Civil Veterinary Dept. Assam report 1927-50 - 1927-1950
Year: 1927
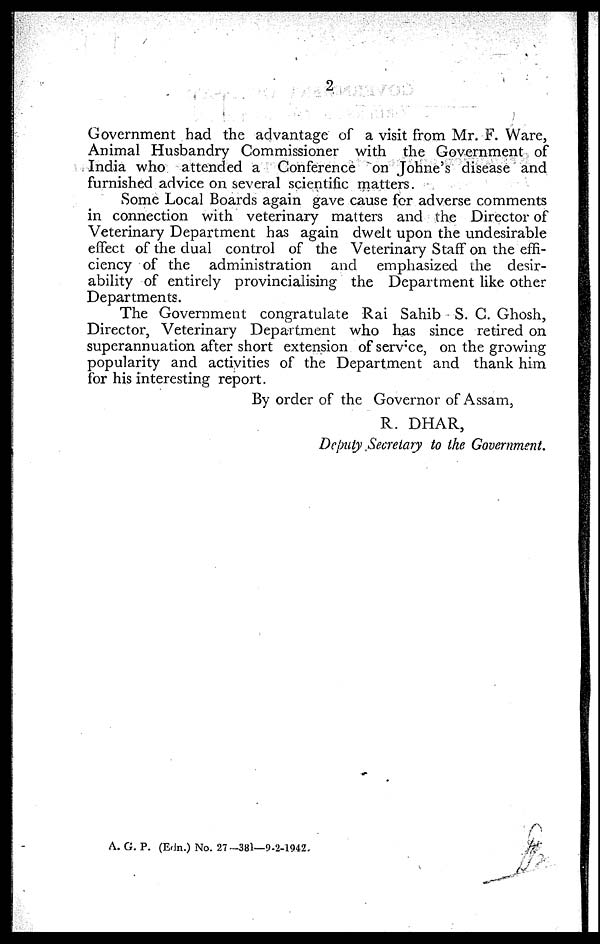
2
Government had the advantage of a visit from Mr. F. Ware,
Animal Husbandry Commissioner with the Government of
India who attended a Conference on Johne's disease and
furnished advice on several scientific matters.
Some Local Boards again gave cause for adverse comments
in connection with veterinary matters and the Director of
Veterinary Department has again dwelt upon the undesirable
effect of the dual control of the Veterinary Staff on the effi-
ciency of the administration and emphasized the desir-
ability of entirely provincialising the Department like other
Departments.
The Government congratulate Rai Sahib S. C. Ghosh,
Director, Veterinary Department who has since retired on
superannuation after short extension of service, on the growing
popularity and activities of the Department and thank him
for his interesting report.
By order of the Governor of Assam,
R. DHAR,
Deputy Secretary to the Government.
A. G. P. (Edn.) No. 27—381—9-2-1942.